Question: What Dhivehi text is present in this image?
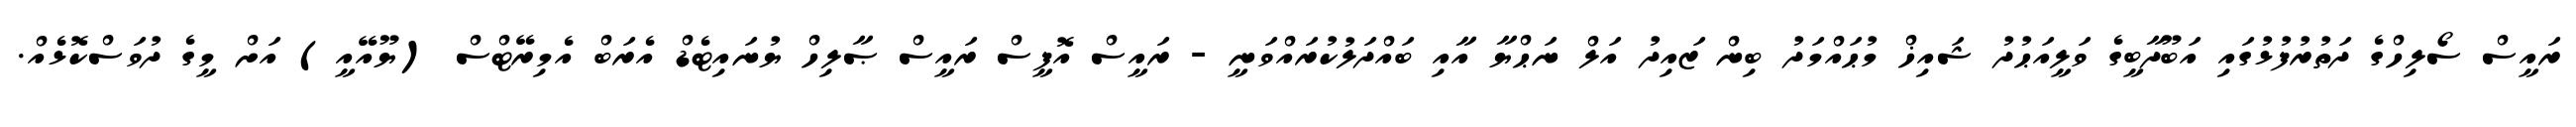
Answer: ރައީސް ސޯލިހްގެ ދަތުރުފުޅުގައި އަބޫދާބީގެ ވަލީއަޙުދު ޝައިޚް މުޙައްމަދު ބިން ޒައިދު އަލް ނަޙްޔާ އާއި ބައްދަލުކުރައްވަނީ - ރައީސް އޮފީސް ރައީސް ޞާލިހް ޔުނައިޓެޑް އެރަބް އެމިރޭޓްސް (ޔޫއޭއީ) އަށް މީގެ ދުވަސްކޮޅެއް.